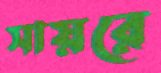
সায়রে